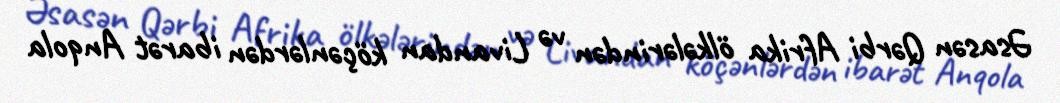
Əsasən Qərbi Afrika ölkələrindən və Livandan köçənlərdən ibarət Anqola